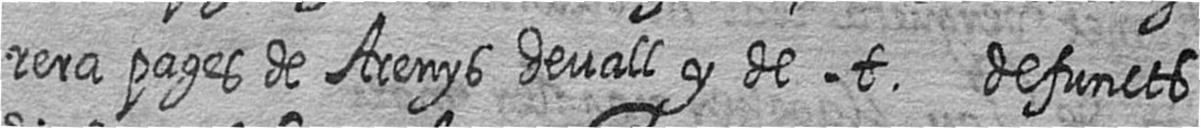
rera pages de Arenys devall y de t defuncts